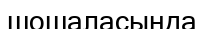
шошаласында